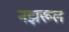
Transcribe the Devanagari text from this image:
नझरूल